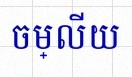
ចម្លើយ